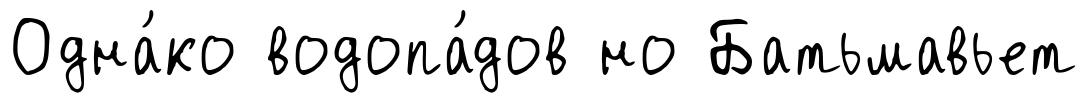
Одна́ко водопа́дов но Батьмавьет